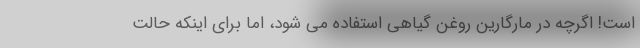
است! اگرچه در مارگارین روغن گیاهی استفاده می شود، اما برای اینکه حالت